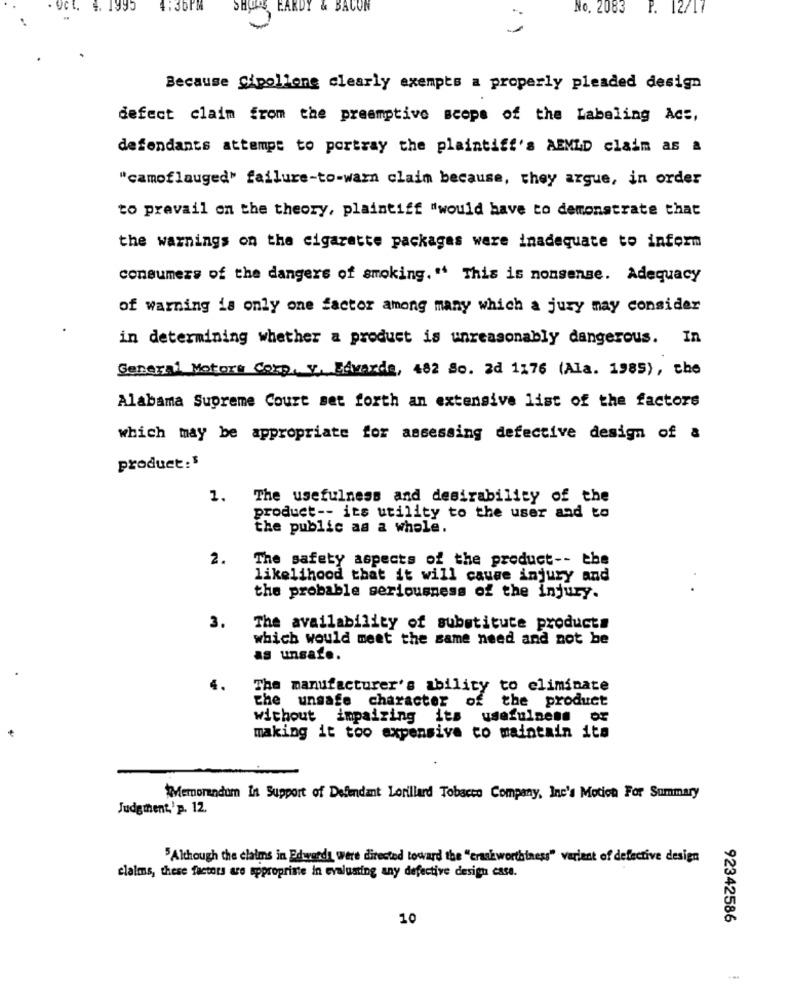
1995
SHOES
KDY &
CON
No. 2083 P. 12/17
Because Cipollone clearly exempts a properly pleaded design
defect claim from the preemptive scope of the Labeling Acs,
defendants attempt to portray the plaintiff's AEMLD claim as a
"camoflauged' failure-to-warn claim because, they argue, in order
to pravail on the theory, plaintiff "would have to demonstrate that
the warnings on the cigarette packages were inadequate to inform
consumers of the dangers of smoking." This is nonsense. Adequacy
of warning is only one factor among many which a jury may consider
in determining whether a product is unreasonably dangerous. In
General Motors Corp, y, Edvarda, 482 So. 2d 1176 (Ala. 1985), the
Alabama Supreme Court set forth an extensive list of the factors
which may be appropriate for assessing defective design of &
product:$
1.
The usefulness and desirability of the
product -- its utility to the user and to
the public as a whole.
2.
The safety aspects of the product -- the
likelihood that it will cause injury and
the probable seriousness of the injury.
3.
The availability of substitute products
which would meet the same need and not be
as unsafe.
4.
The manufacturer's ability to eliminate
the unsafe character of the product
without impairing its usefulness or
making it too expensive co maintain its
Memorandum In Support of Defendant Lorillard Tobacco Company, Inc's Motion For Summary
Judgthent,'p. 12.
5Although the claims in Edwarda were directed toward the "eraskworthiness" varient of defective design
claims, these factors are appropriate in evaluating any defective design case.
10
92342586